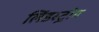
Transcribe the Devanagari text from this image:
लिंडस्ट्रोम